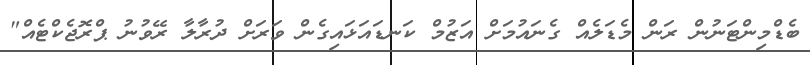
ބެޑްމިންޓަނުން ރަން މެޑަލެއް ގެނައުމަށް އަޒުމް ކަނޑައަޅައިގެން ވަރަށް ދުރާލާ ރޭވުނު ޕްރޮޖެކްޓެއް"